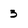
Character: 3